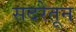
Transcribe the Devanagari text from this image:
सदरेतून